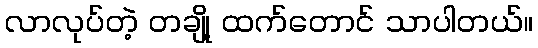
လာလုပ်တဲ့ တချို့ ထက်တောင် သာပါတယ်။